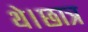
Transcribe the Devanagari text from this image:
थे।छात्र